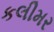
કલીમર